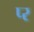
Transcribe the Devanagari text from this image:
प्‍र